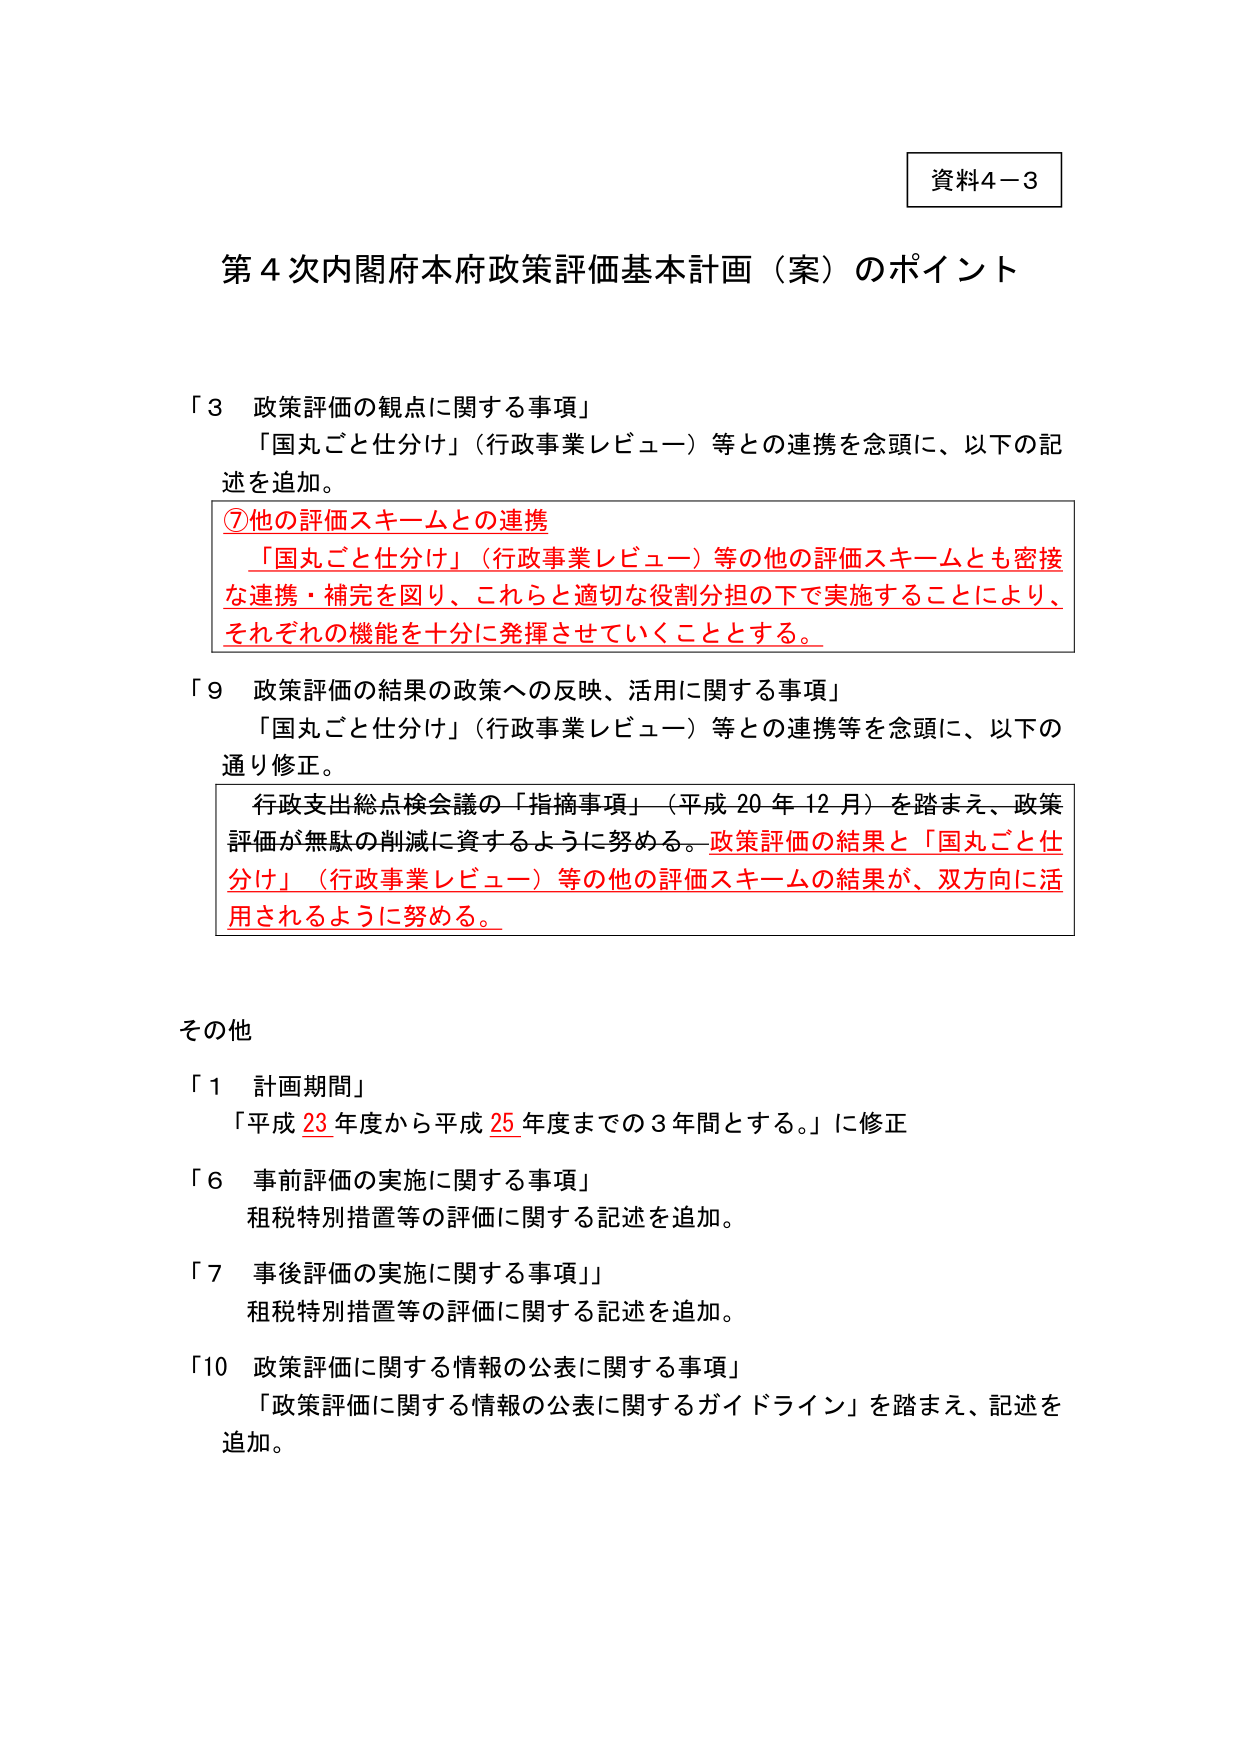
資料4－3

第4次内閣府本府政策評価基本計画（案）のポイント

「3 政策評価の観点に関する事項」
「国丸ごと仕分け」（行政事業レビュー）等との連携を念頭に、以下の記述を追加。

⑦他の評価スキームとの連携
「国丸ごと仕分け」（行政事業レビュー）等の他の評価スキームとも密接な連携・補完を図り、これらと適切な役割分担の下で実施することにより、それぞれの機能を十分に発揮させていくこととする。

「9 政策評価の結果の政策への反映、活用に関する事項」
「国丸ごと仕分け」（行政事業レビュー）等との連携等を念頭に、以下の通り修正。
行政支出総点検会議の「指摘事項」（平成20年12月）を踏まえ、政策評価が無駄の削減に資するように努める。政策評価の結果と「国丸ごと仕分け」（行政事業レビュー）等の他の評価スキームの結果が、双方向に活用されるように努める。

その他
「1 計画期間」
「平成23年度から平成25年度までの3年間とする。」に修正

「6 事前評価の実施に関する事項」
租税特別措置等の評価に関する記述を追加。

「7 事後評価の実施に関する事項」
租税特別措置等の評価に関する記述を追加。

「10 政策評価に関する情報の公表に関する事項」
「政策評価に関する情報の公表に関するガイドライン」を踏まえ、記述を追加。